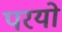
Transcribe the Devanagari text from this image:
परयो